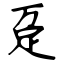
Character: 趸